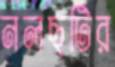
নলছটির